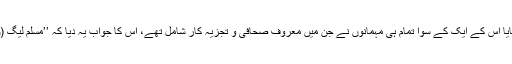
اگرچہ چینل نے جس ٹاک شو میں یہ سوال اٹھایا اُس کے ایک کے سوا تمام ہی مہمانوں نے جن میں معروف صحافی و تجزیہ کار شامل تھے، اس کا جواب یہ دیا کہ ’’مسلم لیگ (ن) کو انتخابات کا بائیکاٹ نہیں کرنا چاہیے‘‘۔